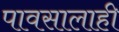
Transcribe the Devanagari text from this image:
पावसालाही